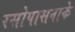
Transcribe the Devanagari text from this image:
रसोपासनाके